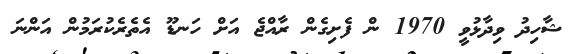
ޝާހިދު ވިދާޅުވީ 1970 ން ފެށިގެން ރާއްޖެ އަށް ހަނޑޫ އެތެރެކުރަމުން އަންނަ